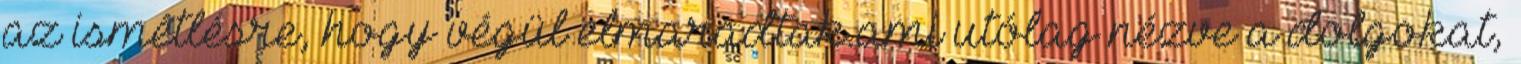
az ismétlésre, hogy végül elmaradtak.ami utólag nézve a dolgokat,